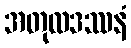
အတုလဒဿနံ